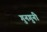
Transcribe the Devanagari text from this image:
गुनगुनी